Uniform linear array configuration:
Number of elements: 48
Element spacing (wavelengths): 0.25
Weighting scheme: cosine
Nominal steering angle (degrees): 30
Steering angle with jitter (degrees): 28.431
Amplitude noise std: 0.05
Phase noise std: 0.05

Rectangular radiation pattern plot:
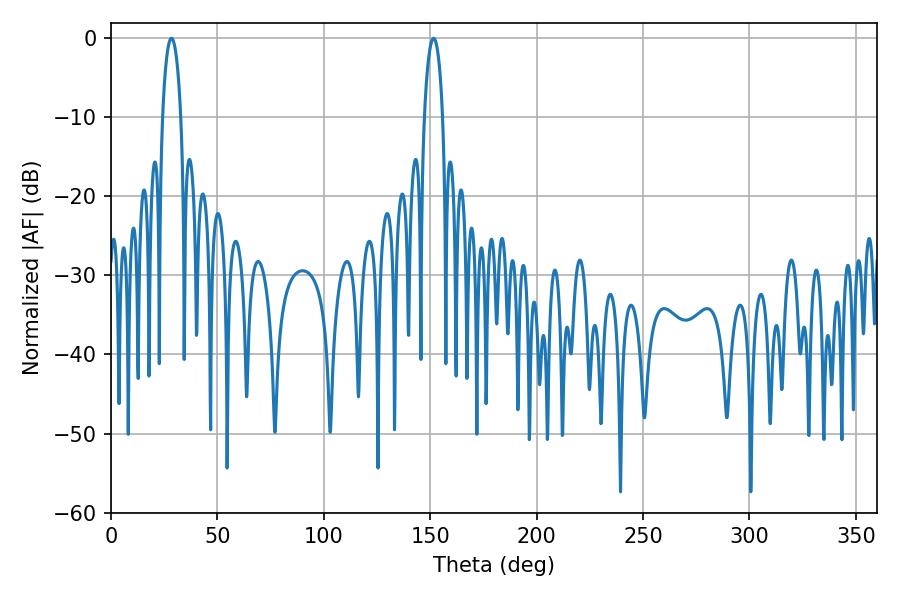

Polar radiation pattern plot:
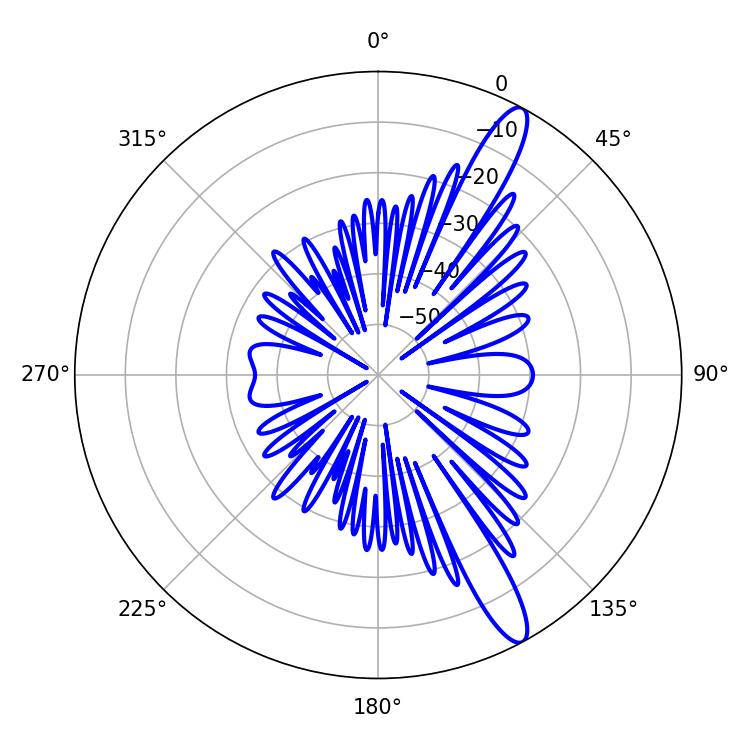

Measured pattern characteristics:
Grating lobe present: FALSE
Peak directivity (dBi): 13.425
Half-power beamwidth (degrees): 5.04
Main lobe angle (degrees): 28.44